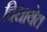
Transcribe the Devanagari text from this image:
विद्यायेत